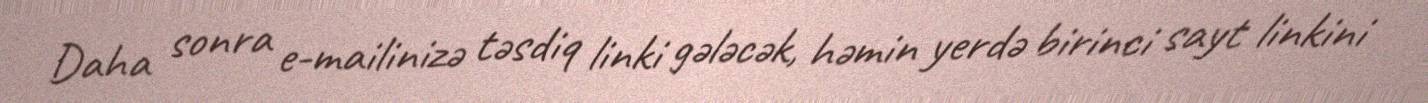
Daha sonra e-mailinizə təsdiq linki gələcək, həmin yerdə birinci sayt linkini